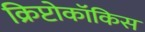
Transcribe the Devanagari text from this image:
क्रिप्टोकॉकिस